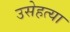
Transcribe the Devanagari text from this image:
उसेहत्या